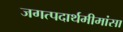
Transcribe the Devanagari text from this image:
जगत्पदार्थमीमांसा